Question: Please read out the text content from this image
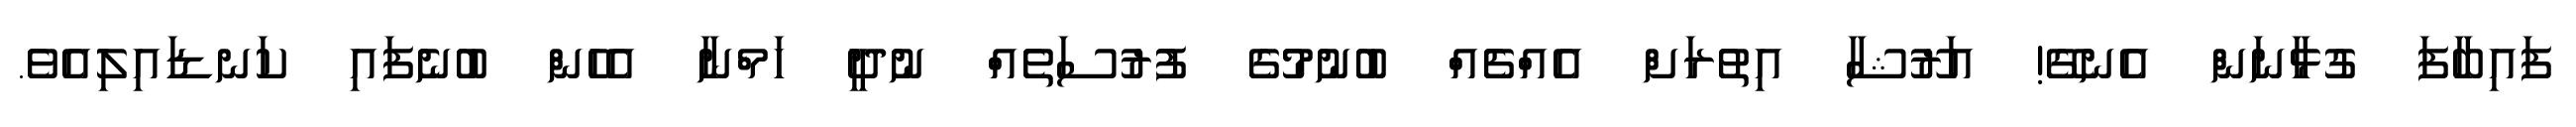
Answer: ފައިބާފަ ގުޅާނަން އެނގޭ! އަރޫޝާ އިތުރަށް އެއްޗެއް ބުނުމުގެ ފުރުސަތެއް ނުދީ ހަމްނާ އެހެން ބުނެފައި ކަނޑައިލިއެވެ.